Annual report on the working of the mental hospitals in the Madras Presidency - 1912-1932
Year: 1912
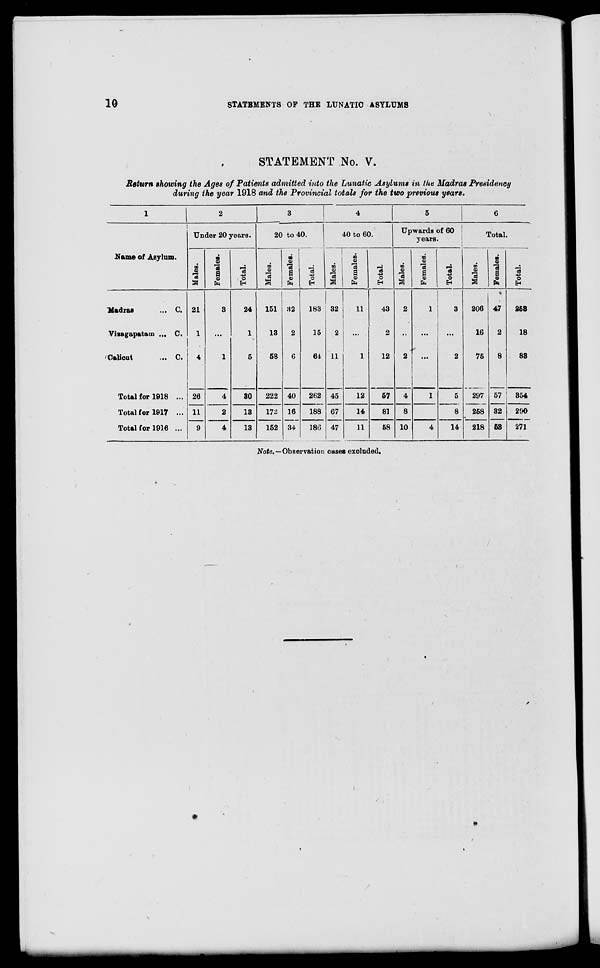
10
STATEMENTS OF THE LUNATIC ASYLUMS
STATEMENT No. V.
Return showing the Ages of Patients admitted into the Lunatic Asylums in the Madras Presidency
during the year 1918 and the Provincial totals for the two previous years.
1
Name of Asylum.
Madras ...
Vizagapatam ...
Calicut ...
C.
C.
C.
Total for 1918 ...
Total for 1917 ...
Total for 1916 ...
2
Under 20 years.
Males.
21
1
4
26
11
9
Females.
3
...
1
4
2
4
Total.
24
1
5
30
13
13
3
20 to 40.
Males.
151
13
58
222
172
152
Females.
32
2
6
40
16
34
Total.
183
15
64
262
188
186
4
40 to 60.
Males.
32
2
11
45
67
47
Females.
11
...
1
12
14
11
Total.
43
2
12
57
81
58
5
Upwards of 60
years.
Males.
2
...
2
4
8
10
Females.
1
...
...
1
...
4
Total.
3
...
2
5
8
14
6
Total.
Males.
206
16
75
297
258
218
Females.
47
2
8
57
32
53
Total.
253
18
83
354
290
271
Note.—Observation cases excluded.